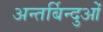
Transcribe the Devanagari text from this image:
अन्तर्बिन्दुओं